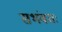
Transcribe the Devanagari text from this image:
सभंवतः